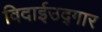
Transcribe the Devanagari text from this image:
विदाईउद्गार